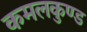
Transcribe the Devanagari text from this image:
कमलकुण्ड